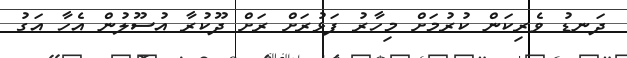
ދަނޑު ވެރިކަން ކުރުމަށް މިހާރު ފަޅުރަށް ރަށް ދޫކުރާ އުސޫލުން އެހާ އަގު